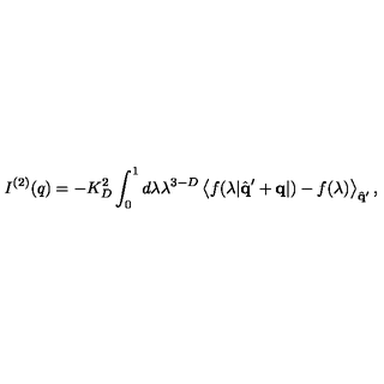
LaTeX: I ^ { ( 2 ) } ( q ) = - K _ { D } ^ { 2 } \int _ { 0 } ^ { 1 } d \lambda \lambda ^ { 3 - D } \left\langle f ( \lambda | \hat { \bf { q } } ^ { \prime } + { \bf { q } } | ) - f ( \lambda ) \right\rangle _ { \hat { \bf { q } } ^ { \prime } } ,